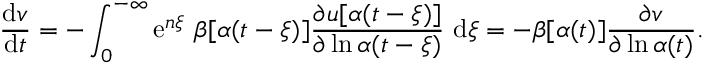
\frac { \mathrm { d } v } { \mathrm { d } t } = - \int _ { 0 } ^ { - \infty } \mathrm { e } ^ { n \xi } \, \, \beta [ \alpha ( t - \xi ) ] \frac { \partial u [ \alpha ( t - \xi ) ] } { \partial \ln \alpha ( t - \xi ) } \, \, \mathrm { d } \xi = - \beta [ \alpha ( t ) ] \frac { \partial v } { \partial \ln \alpha ( t ) } .